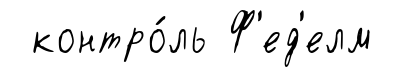
контро́ль Ф'ед'елм